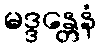
မဒ္ဒန္တေနံ